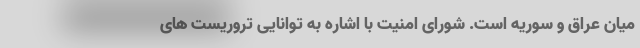
میان عراق و سوریه است. شورای امنیت با اشاره به توانایی تروریست های